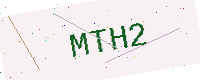
Text: MTH2